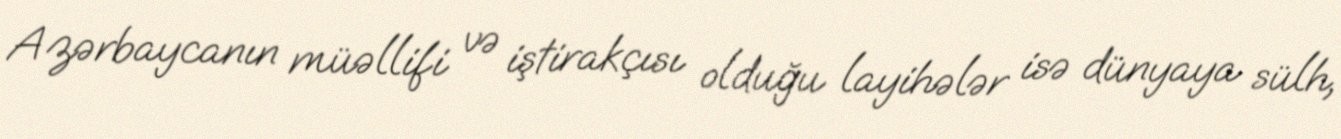
Azərbaycanın müəllifi və iştirakçısı olduğu layihələr isə dünyaya sülh,